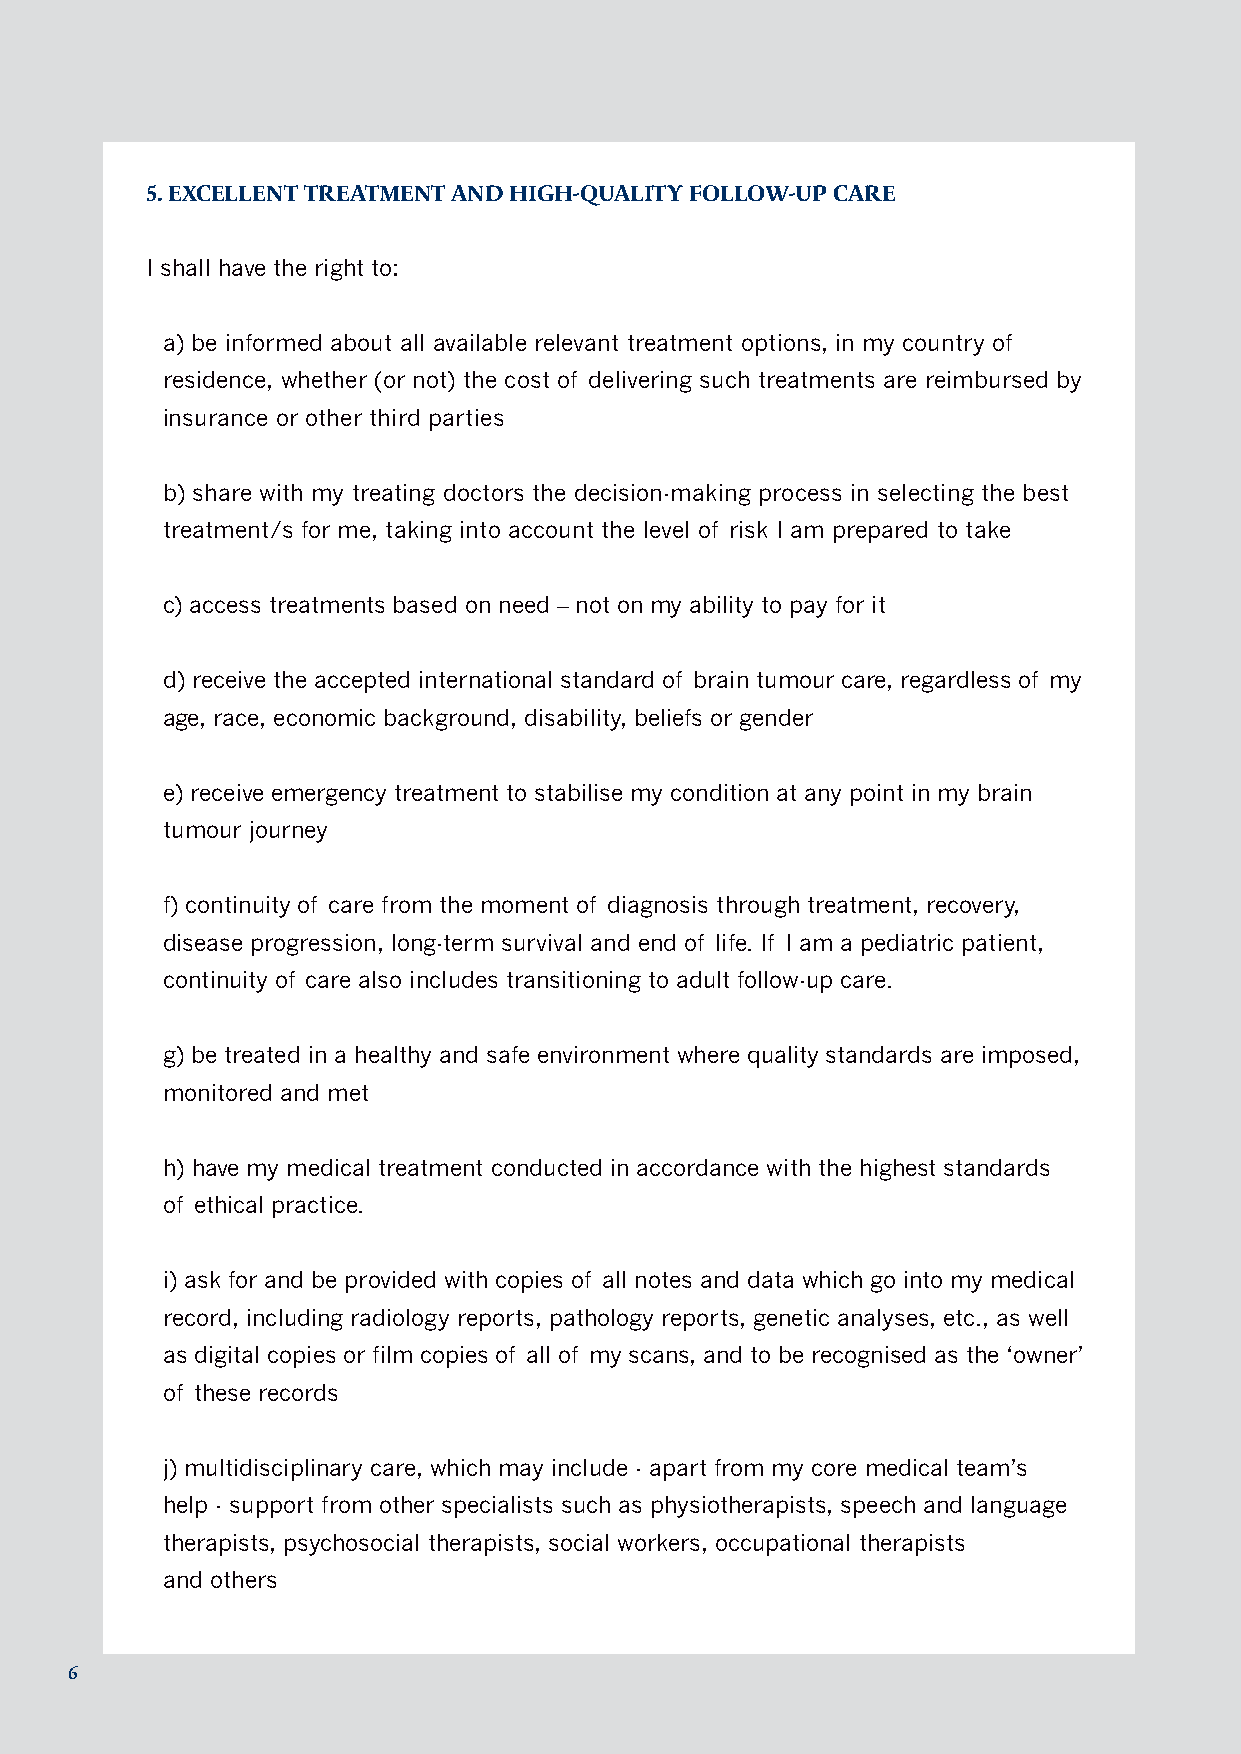
5. EXCELLENT TREATMENT AND HIGH-QUALITY FOLLOW-UP CARE
 I shall have the right to:
 a) be informed about all available relevant treatment options, in my country of
 residence, whether (or not) the cost of delivering such treatments are reimbursed by
 insurance or other third parties
 b) share with my treating doctors the decision-making process in selecting the best
 treatment/s for me, taking into account the level of risk I am prepared to take
 c) access treatments based on need – not on my ability to pay for it
 d) receive the accepted international standard of brain tumour care, regardless of my
 age, race, economic background, disability, beliefs or gender
 e) receive emergency treatment to stabilise my condition at any point in my brain
 tumour journey
 f) continuity of care from the moment of diagnosis through treatment, recovery,
 disease progression, long-term survival and end of life. If I am a pediatric patient,
 continuity of care also includes transitioning to adult follow-up care.
 g) be treated in a healthy and safe environment where quality standards are imposed,
 monitored and met
 h) have my medical treatment conducted in accordance with the highest standards
 of ethical practice.
 i) ask for and be provided with copies of all notes and data which go into my medical
 record, including radiology reports, pathology reports, genetic analyses, etc., as well
 as digital copies or film copies of all of my scans, and to be recognised as the ‘owner’
 of these records
 j) multidisciplinary care, which may include - apart from my core medical team’s
 help - support from other specialists such as physiotherapists, speech and language
 therapists, psychosocial therapists, social workers, occupational therapists
 and others
 6